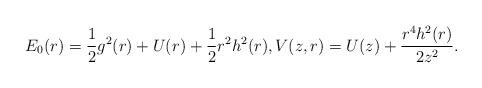
LaTeX: \begin{align*}E_{0}(r)=\frac{1}{2}g^{2}(r)+U(r)+\frac{1}{2}r^{2}h^{2}(r),V(z,r)=U(z)+\frac{r^{4}h^{2}(r)}{2z^{2}}.\end{align*}